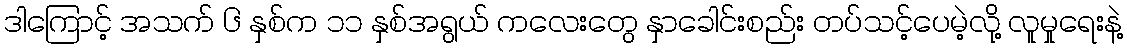
ဒါကြောင့် အသက် ၆ နှစ်က ၁၁ နှစ်အရွယ် ကလေးတွေ နှာခေါင်းစည်း တပ်သင့်ပေမဲ့လို့ လူမှုရေးနဲ့